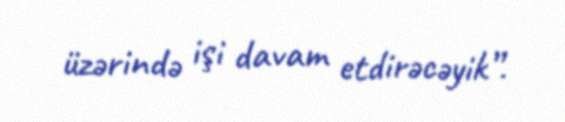
üzərində işi davam etdirəcəyik”.